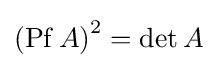
\left(\mathrm {Pf} \,A\right)^{2}=\det A